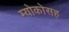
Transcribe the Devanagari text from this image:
म्योकोसह